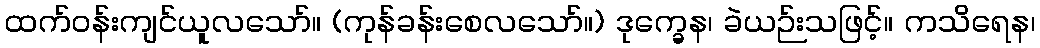
ထက်ဝန်းကျင်ယူလသော်။ (ကုန်ခန်းစေလသော်။) ဒုက္ခေန၊ ခဲယဉ်းသဖြင့်။ ကသိရေန၊